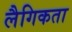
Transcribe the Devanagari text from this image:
लैगिकता